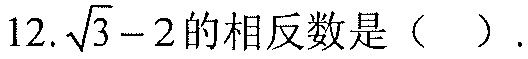
12.\(\sqrt{3}-2\)的相反数是（  ）.